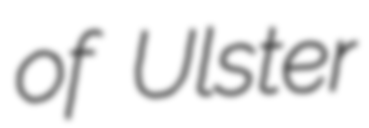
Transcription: of Ulster